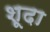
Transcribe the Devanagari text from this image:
शूदा